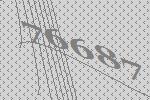
76687